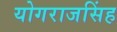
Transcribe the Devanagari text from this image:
योगराजसिंह